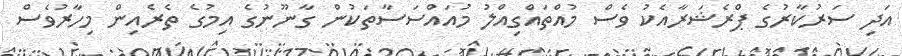
އަދި ސަރުކާރުގެ ޕްރެޝަރާއެކު ވެސް މުއްތައްގިއްލު މުއައްސަސާތަކުން ގާނޫނުގެ އިމުގެ ތެރެއިން މިހާރުވެސް